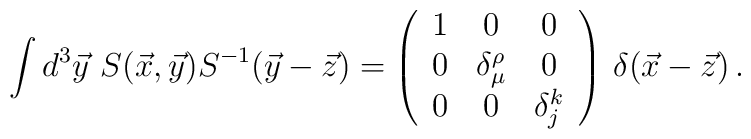
\int d^3\vec y\,\, S(\vec x,\vec y)S^{-1}(\vec y-\vec z)=\left(\begin{array}{ccc}1&0&0\\0&\delta_\mu^\rho&0\\0&0&\delta_j^k\\\end{array}\right)\,\delta(\vec x-\vec z)\,.